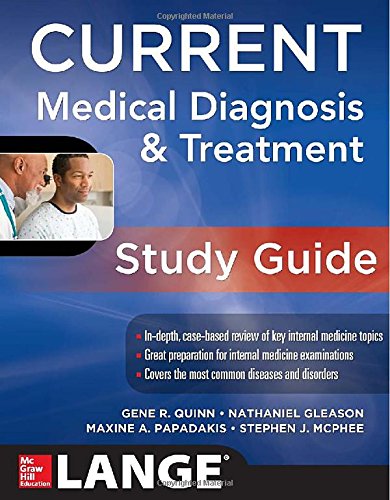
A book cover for CURRENT Medical Diagnosis and Treatment Study Guide (LANGE CURRENT Series); Gene Quinn; Medical Books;